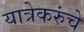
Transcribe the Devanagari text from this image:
यात्रेकरुंचे